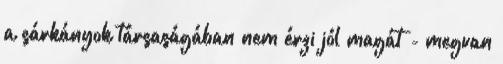
a sárkányok társaságában nem érzi jól magát - megvan